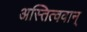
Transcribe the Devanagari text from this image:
अस्तित्ववान्‌